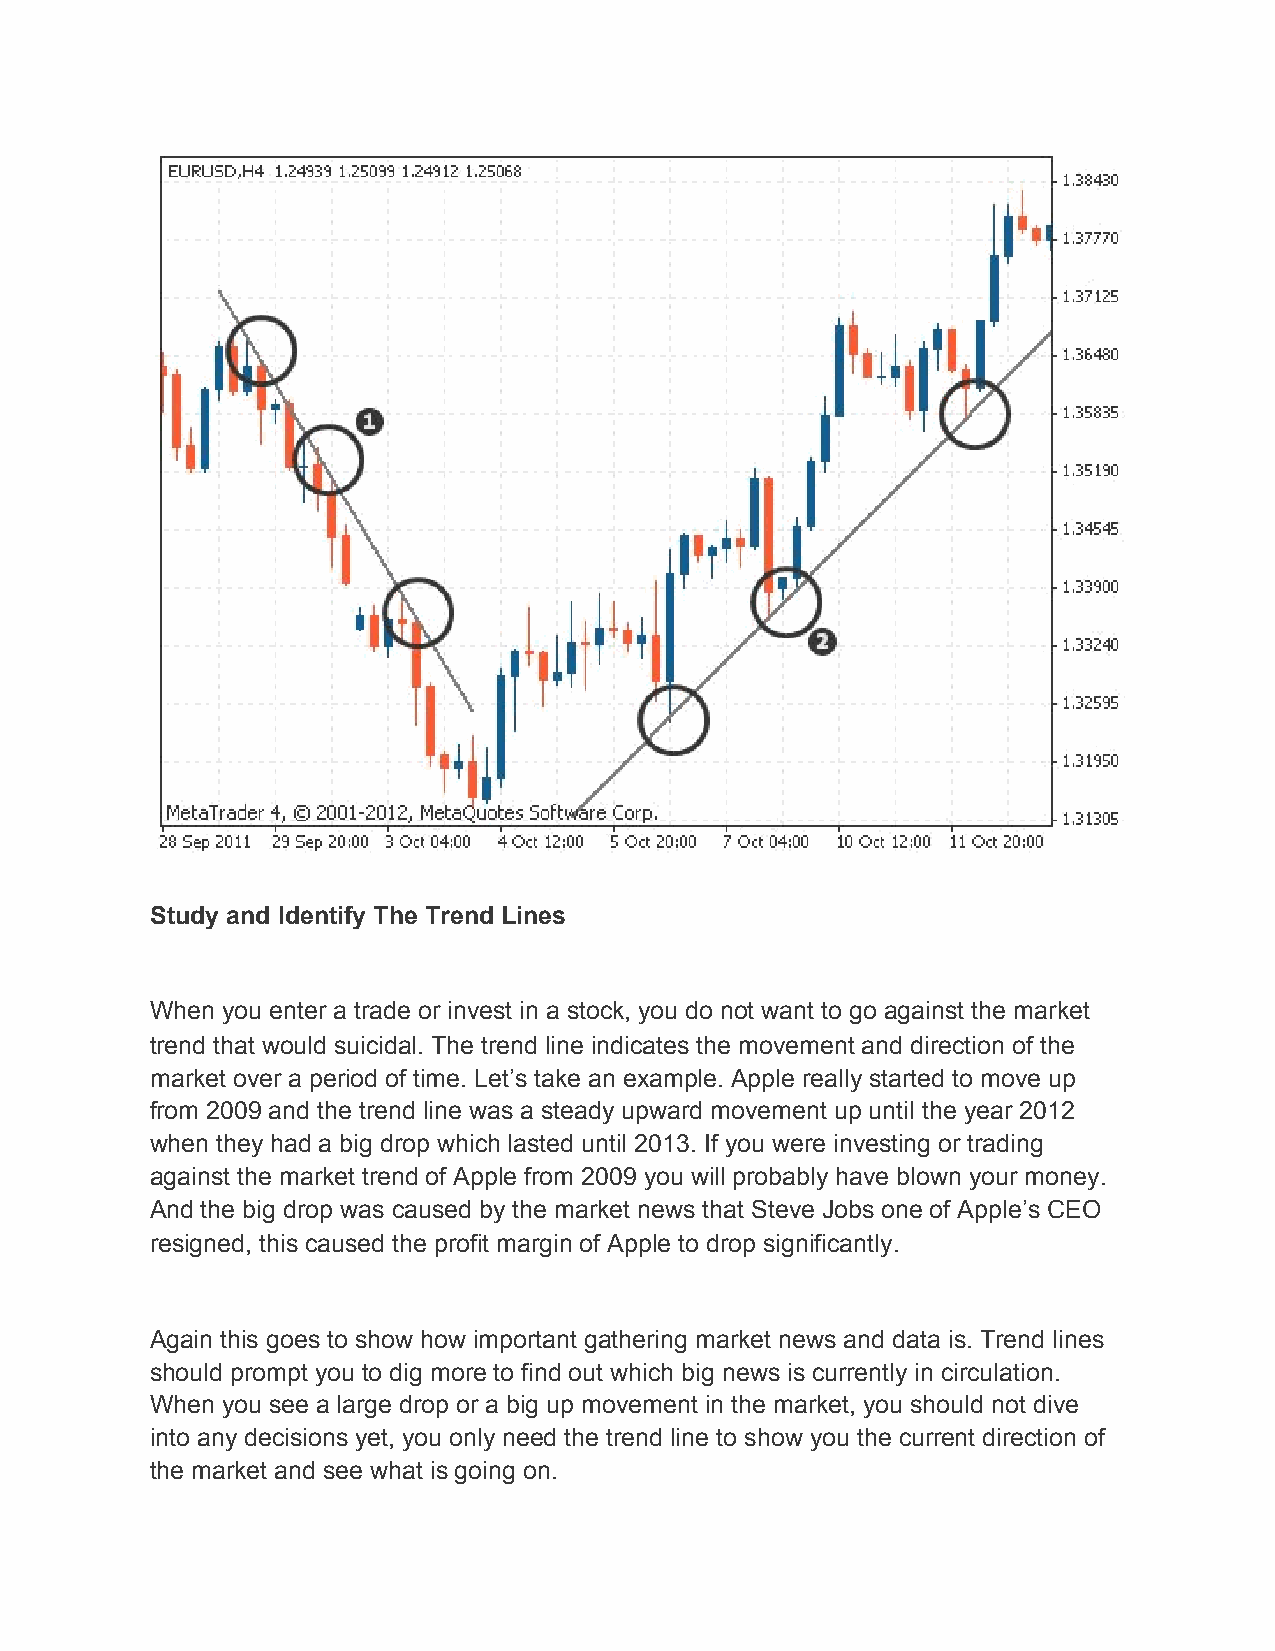
Study and Identify The Trend Lines
 When you enter a trade or invest in a stock, you do not want to go against the market
 trend that would suicidal. The trend line indicates the movement and direction of the
 market over a period of time. Let’s take an example. Apple really started to move up
 from 2009 and the trend line was a steady upward movement up until the year 2012
 when they had a big drop which lasted until 2013. If you were investing or trading
 against the market trend of Apple from 2009 you will probably have blown your money.
 And the big drop was caused by the market news that Steve Jobs one of Apple’s CEO
 resigned, this caused the profit margin of Apple to drop significantly.
 Again this goes to show how important gathering market news and data is. Trend lines
 should prompt you to dig more to find out which big news is currently in circulation.
 When you see a large drop or a big up movement in the market, you should not dive
 into any decisions yet, you only need the trend line to show you the current direction of
 the market and see what is going on.